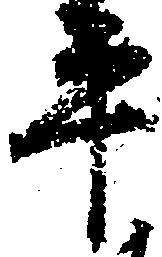
平